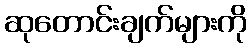
ဆုတောင်းချက်များကို